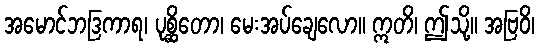
အမောင်ဘဒြကာရ၊ ပုစ္ဆိတော၊ မေးအပ်ချေလော။ ဣတိ၊ ဤသို့။ အဗြဝိ၊